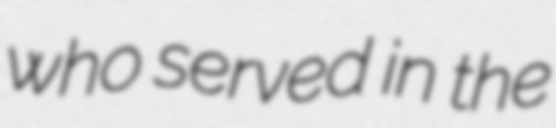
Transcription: who served in the